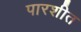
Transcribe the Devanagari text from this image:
पारशीत